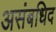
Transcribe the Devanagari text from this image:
असंबधिद